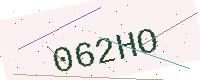
Text: 062HO